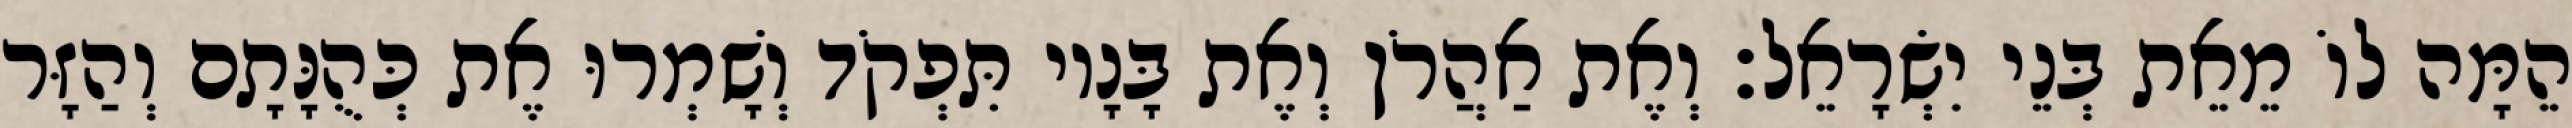
הֵמָּה לוֹ מֵאֵת בְּנֵי יִשְׂרָאֵל׃ וְאֶת אַהֲרֹן וְאֶת בָּנָיו תִּפְקֹד וְשָׁמְרוּ אֶת כְּהֻנָּתָם וְהַזָּר